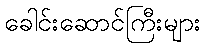
ခေါင်းဆောင်ကြီးများ